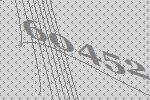
60452